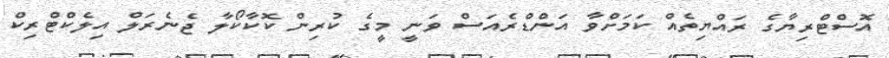
އޮސްޓްރިޔާގެ ރައްޔިތެއް ކަމަށްވާ އަންޑްރެއަސް ވަނީ މީގެ ކުރިން ކޮކާކޯލާ ޖެނެރަލް އިލެކްޓްރިކް